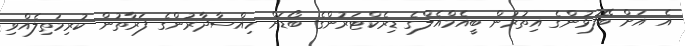
އެ އަށް ބޭފުޅުންގެ އިތުރުން ބީއެމްއެލްގެ ޑިރެކްޓަރުންގެ ބޯޑަށް ހިއްސާދާރުންގެ ފަރާތުން ކުރިމަތިލެއްވި